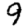
Digit: 9